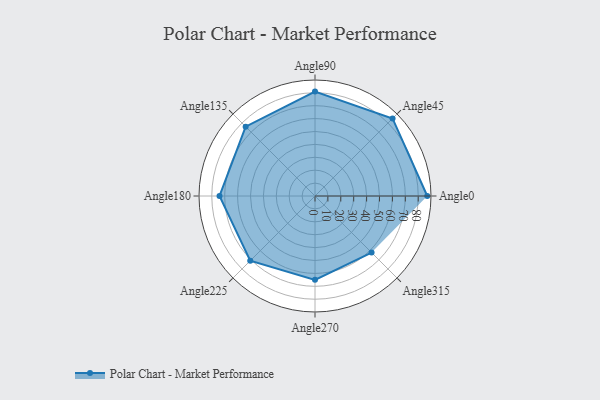
{"axis": {"x": "Angle", "y": "Radius"}, "legend": [""], "data": [{"x": "Angle0", "y": 87.0, "type": ""}, {"x": "Angle45", "y": 85.0, "type": ""}, {"x": "Angle90", "y": 81.0, "type": ""}, {"x": "Angle135", "y": 76.0, "type": ""}, {"x": "Angle180", "y": 74.0, "type": ""}, {"x": "Angle225", "y": 71.0, "type": ""}, {"x": "Angle270", "y": 65.0, "type": ""}, {"x": "Angle315", "y": 62.0, "type": ""}]}